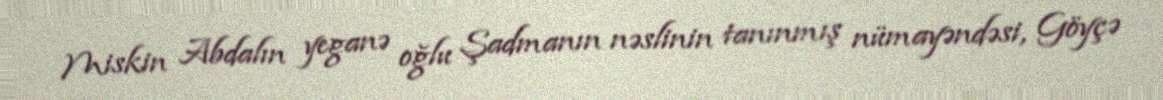
Miskin Abdalın yeganə oğlu Şadmanın nəslinin tanınmış nümayəndəsi, Göyçə